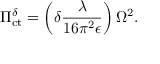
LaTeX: \Pi _ { \mathrm { c t } } ^ { \delta } = \left( \delta \frac { \lambda } { 1 6 \pi ^ { 2 } \epsilon } \right) \Omega ^ { 2 } .